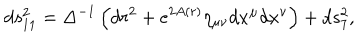
d s _ { 1 1 } ^ { 2 } = \Delta ^ { - 1 } \left( d r ^ { 2 } + e ^ { 2 A ( r ) } \eta _ { \mu \nu } d x ^ { \mu } d x ^ { \nu } \right) + d s _ { 7 } ^ { 2 } ,